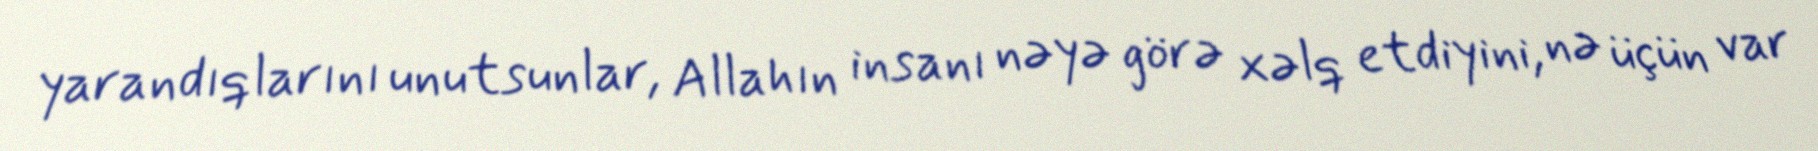
yarandıqlarını unutsunlar, Allahın insanı nəyə görə xəlq etdiyini, nə üçün var